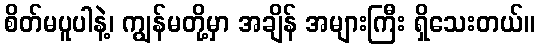
စိတ်မပူပါနဲ့၊ ကျွန်မတို့မှာ အချိန် အများကြီး ရှိသေးတယ်။